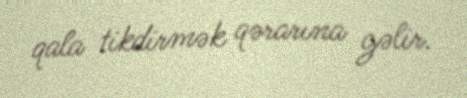
qala tikdirmək qərarına gəlir.